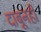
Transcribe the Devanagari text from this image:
दाबूनही